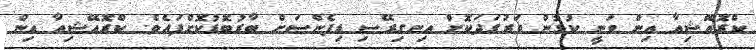
ކްރޮއޭޝިއާ އިން ވަނީ ކުޅުން ވަރުގަދަކޮށް އިނގިރޭސި ޑިފެންސަށް ބާރުބޮޑުކޮށްފައެވެ. ކްރޮއޭޝިއާ އިން